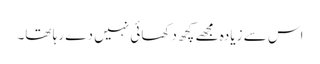
اس سے زیادہ مجھے کچھ دکھائی نہیں دے رہا تھا۔